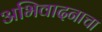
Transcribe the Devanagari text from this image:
अभिवादनाचा